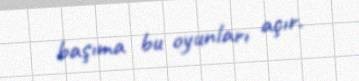
başıma bu oyunları açır.